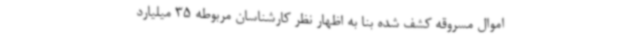
اموال مسروقه کشف شده بنا به اظهار نظر کارشناسان مربوطه 35 میلیارد